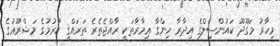
މިހާރު މަގޫދޫ ކައުންސިލްގެ އިދާރާ ހިންގާ ޢިމާރާތަކީ ރާއްޖެތެރެ ތަރައްޤީ ކުރުމުގެ މަޝްރޫޢުގެ